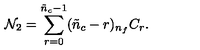
{ \cal N } _ { 2 } = \sum _ { r = 0 } ^ { \tilde { n } _ { c } - 1 } ( \tilde { n } _ { c } - r ) { } _ { n _ { f } } C _ { r } .